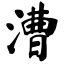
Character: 漕